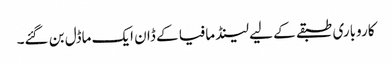
کاروباری طبقے کے لیے لینڈ مافیا کے ڈان ایک ماڈل بن گئے۔